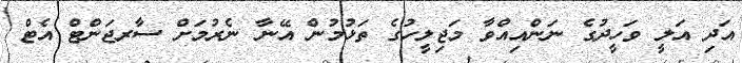
އަދި އަލީ ވަހީދުގެ ނަންއިއްވާ މަޖިލީހުގެ ތަޅުމުން އޭނާ ނެރުމަށް ސާރޖަންޓް އެޓް